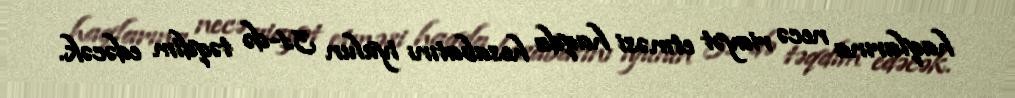
haqlarına necə riayət etməsi haqda hesabatını iyulun 31-də təqdim edəcək.